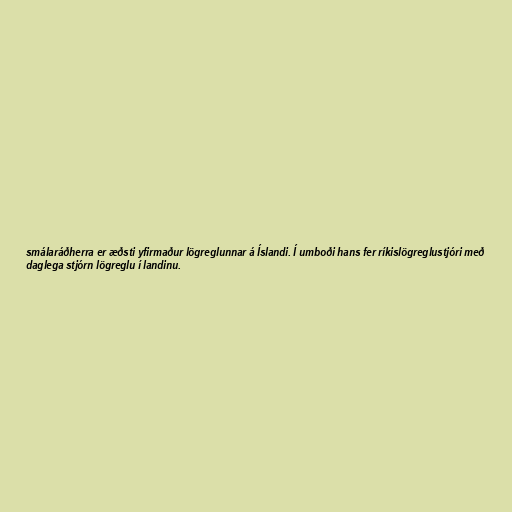
smálaráðherra er æðsti yfirmaður lögreglunnar á Íslandi. Í umboði hans fer ríkislögreglustjóri með
daglega stjórn lögreglu í landinu.